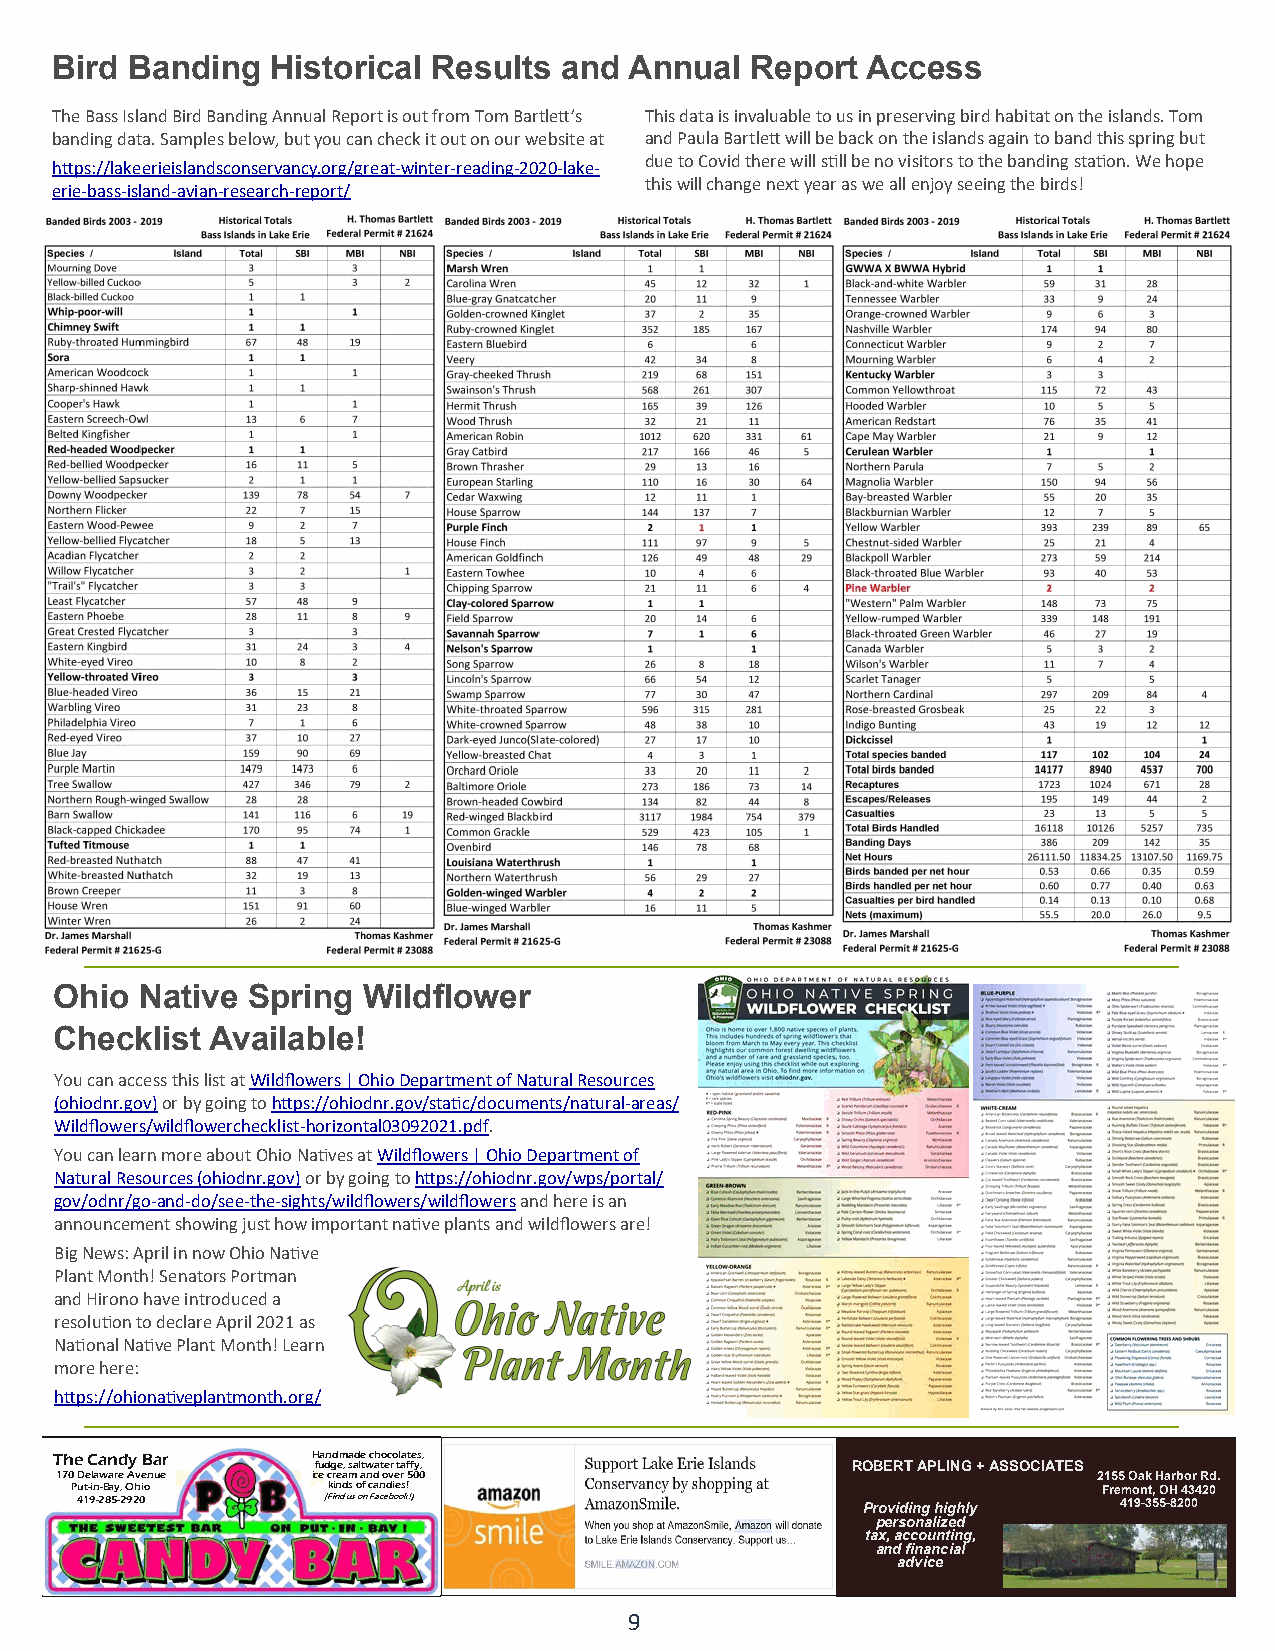
Bird Banding   Historical Results and  Annual  Report Access
 The Bass Island Bird Banding Annual Report is out from Tom Bartlett’s This data is invaluable to us in preserving bird habitat on the islands. Tom
 banding data. Samples below, but you can check it out on our website at and Paula Bartlett will be back on the islands again to band this spring but
 https://lakeerieislandsconservancy.org/great-winter-reading-2020-lake- due to Covid there will still be no visitors to the banding station. We hope
 erie-bass-island-avian-research-report/ this will change next year as we all enjoy seeing the birds!
 Ohio Native Spring  Wildflower
 Checklist Available!
 You can access this list at Wildflowers | Ohio Department of Natural Resources
 (ohiodnr.gov) or by going to https://ohiodnr.gov/static/documents/natural-areas/
 Wildflowers/wildflowerchecklist-horizontal03092021.pdf.
 You can learn more about Ohio Natives at Wildflowers | Ohio Department of
 Natural Resources (ohiodnr.gov) or by going to https://ohiodnr.gov/wps/portal/
 gov/odnr/go-and-do/see-the-sights/wildflowers/wildflowers and here is an
 announcement showing just how important native plants and wildflowers are!
 Big News: April in now Ohio Native
 Plant Month! Senators Portman
 and Hirono have introduced a
 resolution to declare April 2021 as
 National Native Plant Month! Learn
 more here:
 https://ohionativeplantmonth.org/
 The Candy Bar    Handmade chocolates,
 fudge, saltwater taffy,            ROBERT APLING + ASSOCIATES
 170 Delaware Avenue ice cream and over 500                           2155 Oak Harbor Rd.
 Put-in-Bay, Ohio kinds of candies!                                  Fremont, OH 43420
 419-285 -2920   (Find us on Facebook!)              Providing highly 419-355-8200
 personalized
 tax, accounting,
 and financial
 advice
 9